Medical and sanitary report of the native army of Bengal for the year
Year: 1875
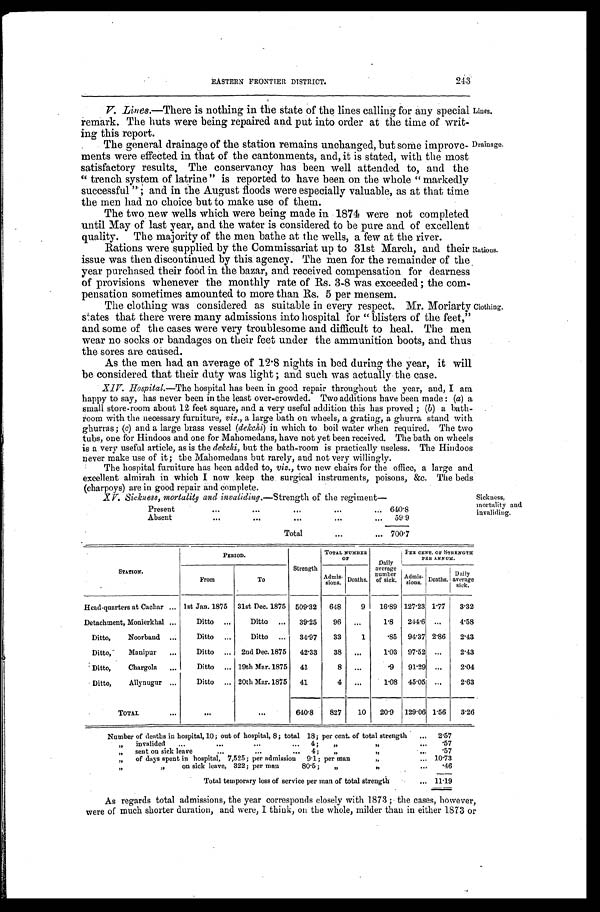
EASTERN FRONTIER DISTRICT.
243
V. Lines.—There is nothing in the state of the lines calling for any special
remark. The huts were being repaired and put into order at the time of writ
- i n g t h i s r e p o r t .
The general drainage of the station remains unchanged, but some improve
-ments were effected in that of the cantonments, and, it is stated, with the most
satisfactory results, The conservancy has been well attended to, and the
"trench system of latrine" is reported to have been on the whole "markedly
successful"; and in the August floods were especially valuable, as at that time
the men had no choice but to make use of them.
The two new wells which were being made in 1874 were not completed
until May of last year, and. the water is considered to be pure and of excellent
quality. The majority of the men bathe at the wells, a few at the river.
Rations were supplied by the Commissariat up to 31st March, and their
issue was then discontinued by this agency. The men for the remainder of the
year purchased their food in the bazar, and received compensation for dearness
of provisions whenever the monthly rate of Rs. 3-8 was exceeded; the com
- p e n s a t i o n s o m e t i m e s a m o u n t e d t o m o r e t h a n R s . 5 p e r m e n s e m .
The clothing was considered as suitable in every respect. Mr. Moriarty
states that there were many admissions into hospital for "blisters of the feet,"
and some of the cases were very troublesome and difficult to heal. The men
wear no socks or bandages on their feet under the ammunition boots, and thus
the sores are caused.
As the men had an average of 12.8 nights in bed during the year, it will
be considered that their duty was light; and such was actually the case.
XIV. Hospital.—The hospital has been in good repair throughout the year, and, I am
happy to say, has never been in the least over-crowded. Two additions have been made: (a) a
small store-room about 12 feet square, and a very useful addition this has proved; (b) a bath
-room with the necessary furniture, viz., a large bath on wheels, a grating, a ghurra stand wit
h g h u r r a s ;
( c )
a n d a l a r g e b r a s s v e s s e l (
d e k c h i
) i n w h i c h t o b o i l
water when required. The tw
o t u b s , o n e f o r H i n d o o s a n d o n e f o r M a h o m e d a n s , h a v e n o t y e t b e e n r e c e i v e d . T h e b a t h o n w h e e l s
is a very useful article, as is the dekchi, but the bath-room is practically useless. The Hindoos
never make use of it; the Mahomedans but rarely, and not very willingly.
The hospital furniture has been added to, viz., two new chairs for the office, a large and
excellent almirah in which I now keep the surgical instruments, poisons, &c. The beds
(charpoys) are in good repair and complete.
XV. Sickness, mortality and invaliding. —Strength of the regiment—
Present
640. 8
Absent
59.9
Total
700.7
Lines.
Drainage.
Rations.
Clothing.
Sickness,
mortality and
invaliding.
STATION.
PERIOD.
Strength
TOTAL NUMBER
OF
Daily 1
average
number of sick.
PER CENT. OF STRENGTH
PER ANNUM.
From
To
Admis- sions. Deaths.
Admis- sions. Deaths. Daily
average sick.
Head-quarters at Cachar
1st Jan. 1875 31st Dec. 1875 509.32 648
9 16.89 127.23 1.17 3.32
Detachment, Monierkhal
Ditto
Ditto
39.25 96
1.8 244.6
4.58
Ditto, Noorband
Ditto
Ditto
34.97 33
1
.85 94.37 2.86 2.43
Ditto, Manipur
Ditto
2nd Dec. 1875 42.33 38
1.03 97.52
2.43
Ditto, Chargola
Ditto
19th Mar. 1875 41
8
.9 91.29
2.04
Ditto, Allynugur
Ditto
20th Mar. 1875 41
4
1.08 45.05
2.63
TOTAL
640.8 827 10 20.9 129.06 1.56 3.26
Number of deaths in hospital, 10; out of hospital, 8; total 18; per cent. of total strength
2.57
invalided 4; " "
. 5 7
" s e n t o n s i c k l e a v e 4 ; " " .57
" of days spent in hospital, 7,525; per admission 9.1; per man. " 10.73
" " on sick leave, 322; per man 80.5; " " .46
Total temporary loss of service per man of total strength
11.19
As regards total admissions, the year corresponds closely with 1873; the cases, however,
were of much shorter duration, and were, I think, on the whole, milder than in either 1873 or